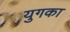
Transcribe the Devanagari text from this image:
युगका